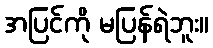
အပြင်ကို မပြန်ရဲဘူး။